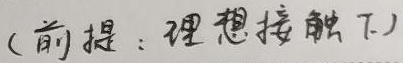
(前提：理想接触下)